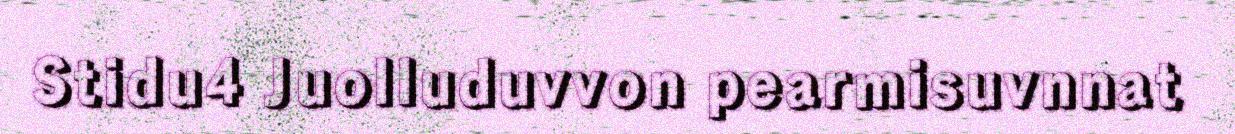
Stidu4 Juolluduvvon pearmisuvnnat